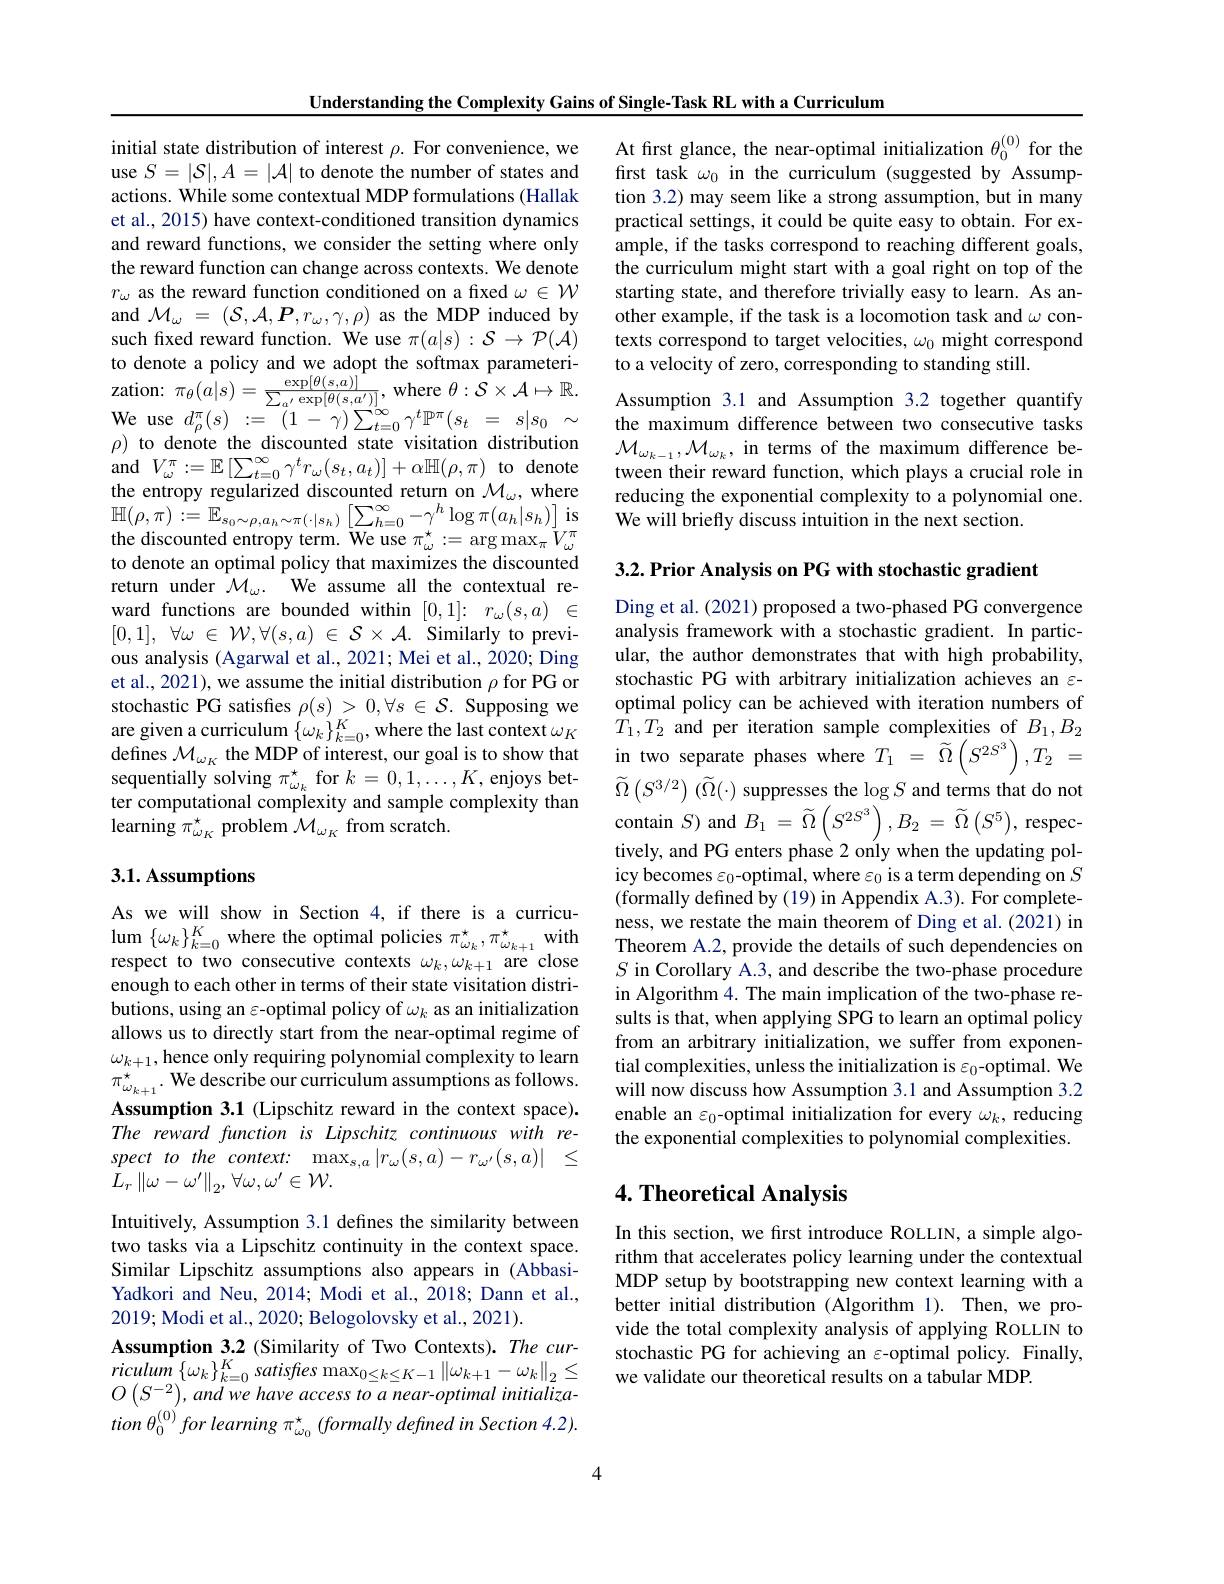
Understanding the Complexity Gains of Single- Task RL with a Curriculum

initial state distribution of interest $\rho.$ For convenience, we use $S=|\mathcal{S}|,A=|\mathcal{A}|$ to denote the number of states and actions. While some contextual MDP formulations (Hallak et al., 2015) have context-conditioned transition dynamics and reward functions, we consider the setting where only the reward function can change across contexts. We denote $r_\omega$ as the reward function conditioned on a fixed $\omega\in\mathcal{W}$ and $\mathcal{M}_\omega=(\mathcal{S},\mathcal{A},\boldsymbol{P},r_\omega,\gamma,\rho)$ as the MDP induced by such fixed reward function. We use $\pi(a|s):\mathcal{S}\to\mathcal{P}(\mathcal{A})$ to denote a policy and we adopt the softmax parameterization: $\pi _{\theta }( a| s) = \frac {\exp [ \theta ( s, a) ] }{\sum _{a^{\prime }}\exp [ \theta ( s, a^{\prime }) ] }$, where $\theta : \mathcal{S} \times \mathcal{A} \mapsto \mathbb{R} .$ We use $d_{\rho}^{\pi}(s):=(1-\gamma)\sum_{t=0}^{\infty}\gamma^{t}\mathbb{P}^{\pi}(s_{t}=s|s_{0}\sim$ $\rho)$ to denote the discounted state visitation distribution and$V_\omega^{\pi}:=\mathbb{E}\left[\sum_{t=0}^{\infty}\gamma^{t}r_{\omega}(s_{t},a_{t})\right]+\alpha\mathbb{H}(\rho,\pi)$todenote the entropy regularized discounted return on $\mathcal{M}_\omega$, where $\mathbb{H}(\rho,\pi):=\mathbb{E}_{s_{0}\sim\rho,a_{h}\sim\pi(\cdot|s_{h})}\left[\sum_{h=0}^{\infty}-\gamma^{h}\log\pi(a_{h}|s_{h})\right]$is the discounted entropy term. We use $\pi_\omega^{\star}:=\arg\max_\pi V_\omega^{\pi}$ to denote an optimal policy that maximizes the discounted return under $\mathcal{M} _\omega .$ We assume all the contextual reward functions are bounded within $[ 0, 1] {: }r_\omega ( s, a)$ $\in$ [0,1], $\forall \omega$ $\in$ $\mathcal{W} , \forall ( s, a)$ $\in$ $\mathcal{S} \times \mathcal{A} .$ Similarly to previous analysis (Agarwal et al., 2021; Mei et al., 2020; Ding et al., 2021), we assume the initial distribution $\rho$ for PG or stochastic PG satisfies $\rho(s)>0,\forall s\in\mathcal{S}.$ Supposing we are given a curriculum $\{\omega_k\}_{k=0}^K$, where the last context $\omega_K$ defines $\mathcal{M}_\omega_K$ the MDP of interest, our goal is to show that sequentially solving $\pi_{\omega_{k}}^{\star}$ for $k=0,1,\ldots,K$, enjoys better computational complexity and sample complexity than $\operatorname{learning}\pi_{\omega_K}^{\star}$ problem $\mathcal{M}_\omega_K$ from scratch.

## 3.1. Assumptions

As we will show in Section 4, if there is a curricuenough to each other in terms of their state visitation distributions, using an $\varepsilon$-optimal policy of $\omega_k$ as an initialization allows us to directly start from the near-optimal regime of Assumption 3.1 (Lipschitz reward in the context space). The reward function is Lipschitz continuous with re- $specttothecontext:$ $\max _{s, a}| r_{\omega }( s, a) - r_{\omega ^{\prime }}( s, a) |$ $\leq$ $L_{r}\left \| \omega - \omega ^{\prime }\right \| _{2}$, $\forall \omega , \omega ^{\prime }\in \mathcal{W} .$
Intuitively, Assumption 3.1 defines the similarity between two tasks via a Lipschitz continuity in the context space. Similar Lipschitz assumptions also appears in (AbbasiYadkori and Neu, 2014; Modi et al., 2018; Dann et al., 2019; Modi et al., 2020; Belogolovsky et al., 2021).
Assumption 3.2 (Similarity of Two Contexts). The cur- $riculum\left\{\omega_{k}\right\}_{k=0}^{K}satisfies\max_{0\leq k\leq K-1}\left\|\omega_{k+1}-\omega_{k}\right\|_{2}\leq$ $O\left(S^{-2}\right),andwe$ have access to a near-optimal initialization $\theta_0^{(0)}$ for learning $\pi_\omega_0^*$ (formally defined in Section 4.2).

4

At first glance, the near-optimal initialization $\theta_0^{(0)}$ for the frst task $\omega_0$ in the curriculum (suggested by Assumption 3.2) may seem like a strong assumption, but in many practical settings, it could be quite easy to obtain. For example, if the tasks correspond to reaching different goals, the curriculum might start with a goal right on top of the starting state, and therefore trivially easy to learn. As another example, if the task is a locomotion task and $\omega$ contexts correspond to target velocities, $\omega_0$ might correspond to a velocity of zero, corresponding to standing still.
Assumption 3.1 and Assumption 3.2 together quantify the maximum difference between two consecutive tasks $\mathcal{M}_{\omega_{k-1}},\mathcal{M}_{\omega_{k}}$, in terms of the maximum difference between their reward function, which plays a crucial role in reducing the exponential complexity to a polynomial one. We will briefly discuss intuition in the next section.

3.2. Prior Analysis on PG with stochastic gradient

Ding et al. (2021) proposed a two-phased PG convergence analysis framework with a stochastic gradient. In particular, the author demonstrates that with high probability, stochastic PG with arbitrary initialization achieves an $\varepsilon$- optimal policy can be achieved with iteration numbers of $T_1,T_2$ and per iteration sample complexities of $B_1,B_2$ in two separate phases where $T_{1}~=~\widetilde{\Omega}\left(S^{2S^{3}}\right),T_{2}~=$ $\widetilde{\Omega}\left(S^{3/2}\right)\left(\widetilde{\Omega}(\cdot)\text{ suppresses the }\log S\text{ and terms that do not}\right)$ ${\mathrm{contain~}S}$) and $B_1=\widetilde\Omega\left(S^{2S^{3}}\right),B_{2}=\widetilde\Omega\left(S^{5}\right)$, respectively, and PG enters phase 2 only when the updating policy becomes $\varepsilon_0$-optimal, where $\varepsilon_0$ is a term depending on $S$ (formally defined by (19) in Appendix A.3). For completeness, we restate the main theorem of Ding et al.(2021) in
$S$ in Corollary A.3, and describe the two-phase procedure in Algorithm 4. The main implication of the two-phase results is that, when applying SPG to learn an optimal policy from an arbitrary initialization, we suffer from exponen-
$\omega_{k+1}$, hence only requiring polynomial complexity to learn tial complexities, unless the initialization is $\varepsilon_0$-optimal. We$\pi_{\omega_{k+1}}^*.$ We describe our curriculum assumptions as follows. will now discuss how Assumption 3.1 and Assumption 3.2
enable an $\varepsilon_0$-optimal initialization for every $\omega_k$, reducing the exponential complexities to polynomial complexities.

## 4. Theoretical Analysis

In this section, we frst introduce ROLLIN, a simple algorithm that accelerates policy learning under the contextual MDP setup by bootstrapping new context learning with a better initial distribution (Algorithm 1). Then, we provide the total complexity analysis of applying ROLLIN to stochastic PG for achieving an $\varepsilon$-optimal policy. Finally, we validate our theoretical results on a tabular MDP.